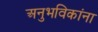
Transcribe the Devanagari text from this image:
अनुभविकांना